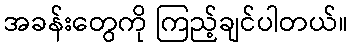
အခန်းတွေကို ကြည့်ချင်ပါတယ်။